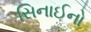
સિનાઈનો